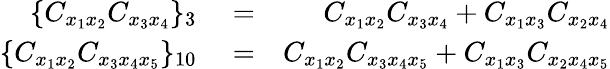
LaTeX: \begin{array}{rlr}{\lbrace C_{x_{1}x_{2}}C_{x_{3}x_{4}}\rbrace_{3}}&{{}=}&{C_{x_{1}x_{2}}C_{x_{3}x_{4}}+C_{x_{1}x_{3}}C_{x_{2}x_{4}}}\\ {\lbrace C_{x_{1}x_{2}}C_{x_{3}x_{4}x_{5}}\rbrace_{10}}&{{}=}&{C_{x_{1}x_{2}}C_{x_{3}x_{4}x_{5}}+C_{x_{1}x_{3}}C_{x_{2}x_{4}x_{5}}}\end{array}